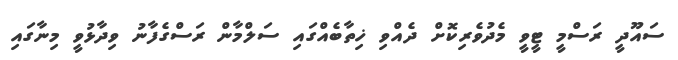
ސައޫދީ ރަސްމީ ޓީވީ މެދުވެރިކޮށް ދެއްވި ޚިތާބެއްގައި ސަލްމާން ރަސްގެފާނު ވިދާޅުވީ މިނާގައި